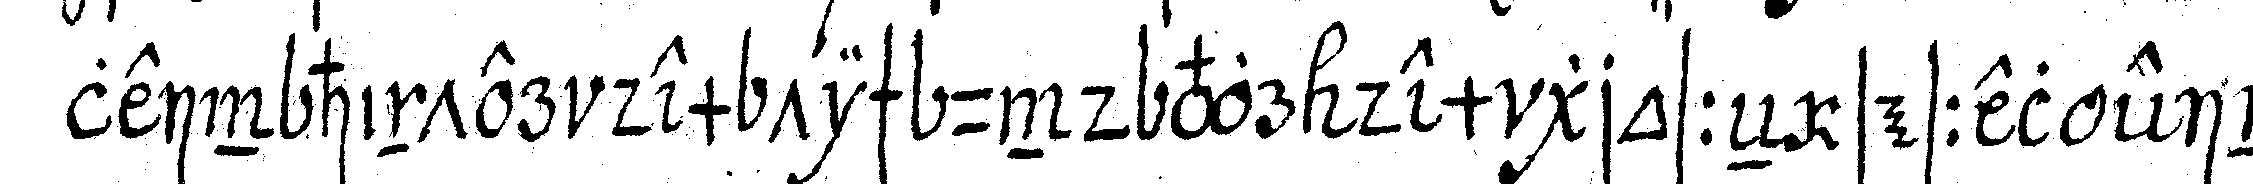
lein hinter dem tisch und vor dem grosseN sessel ein